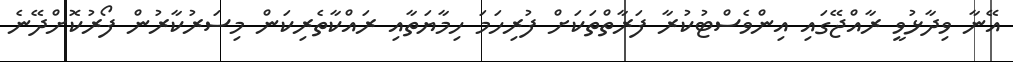
އޭނާ ވިދާޅުވީ ރާއްޖޭގައި އިންވެސްޓުކުރާ ފަރާތްތަކަށް ފުރިހަމަ ހިމާޔަތާއި ރައްކާތެރިކަން މިސަރުކާރުން ފޯރުކޮށްދޭނެ